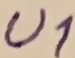
Text: U1